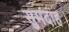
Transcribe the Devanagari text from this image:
सुमदाह